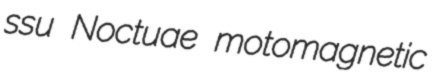
ssu Noctuae motomagnetic